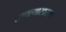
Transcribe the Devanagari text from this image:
सापल्यासारखा